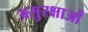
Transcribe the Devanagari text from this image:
असुरक्षाओं